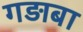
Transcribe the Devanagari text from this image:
गड़ाबा